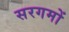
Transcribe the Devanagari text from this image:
सरगमों